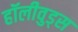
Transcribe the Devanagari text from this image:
हॉलीवुड्स